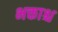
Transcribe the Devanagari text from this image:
भक्ताश्च